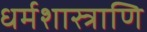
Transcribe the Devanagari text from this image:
धर्मशास्त्राणि